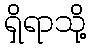
ရှိရာသို့